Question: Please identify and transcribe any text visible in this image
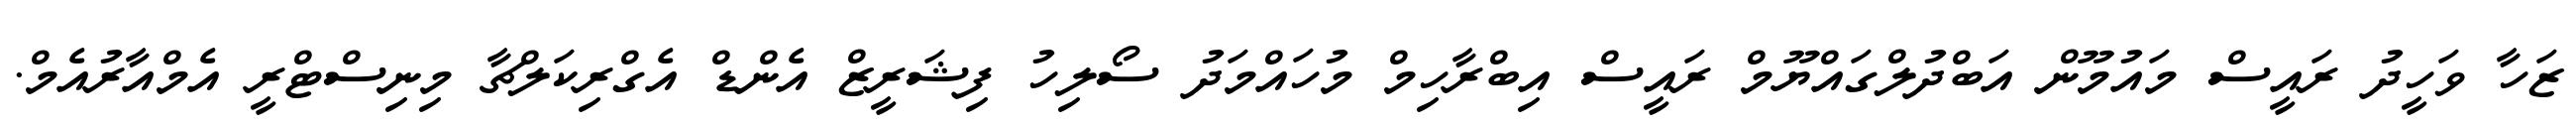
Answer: ޒަހާ ވަހީދު ރައީސް މައުމޫން އަބްދުލްގައްޔޫމް ރައީސް އިބްރާހިމް މުހައްމަދު ސޯލިހު ފިޝަރީޒް އެންޑް އެގްރިކަލްޗާ މިނިސްޓްރީ އެމްއާރުއެމް.